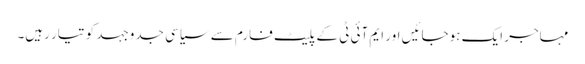
مہاجر ایک ہوجائیں اور ایم آئی ٹی کے پلیٹ فارم سے سیاسی جدوجہد کو تیار رہیں۔